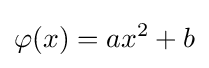
\varphi (x)=ax^{2}+b